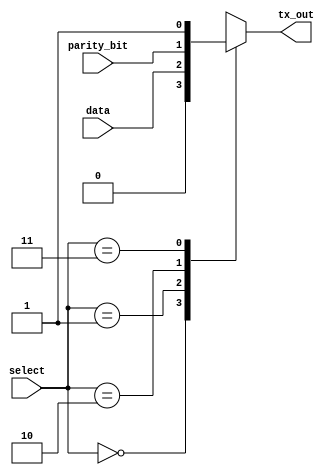
module muxm (
input wire [1:0] select,
input parity_bit,
input data,
//input CLK,RST,
output reg tx_out
);
//reg out;

parameter Start_bit_OUT=2'b00, Data_bit_OUT=2'b01,Parity_bit_OUT=2'b10,Stop_bit_OUT=2'b11;
parameter      start_bit=1'B0,     stop_bit=1'B1;
always @ (*)
 begin
  case (select)
    Start_bit_OUT:
      tx_out=start_bit;                    //0
    
     Data_bit_OUT:
      tx_out=data;                    // data

     Parity_bit_OUT:
      tx_out=parity_bit;                     // parity

     Stop_bit_OUT:             
      tx_out=stop_bit;                    // 1
   endcase
  end

/*  
always @(posedge CLK or negedge RST) 
begin
  if (!RST) 
  begin
    tx_out<=1'b1;
    end
  else 
  begin
    tx_out<=out; 
  end
end
*/
 
endmodule